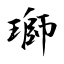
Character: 瑡